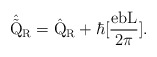
\begin{align*}\hat{\tilde{\rm Q}}_{\rm R} = \hat{\rm Q}_{\rm R} + \hbar[\frac{eb\rm L}{2\pi}].\end{align*}